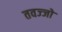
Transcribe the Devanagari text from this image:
तवज्‍जो